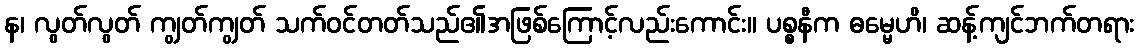
န၊ လွတ်လွတ် ကျွတ်ကျွတ် သက်ဝင်တတ်သည်၏အဖြစ်ကြောင့်လည်းကောင်း။ ပစ္စနီက ဓမ္မေဟိ၊ ဆန့်ကျင်ဘက်တရား